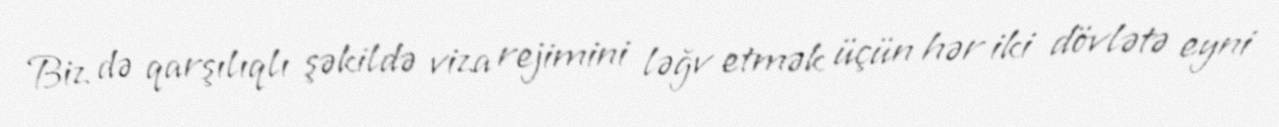
Biz də qarşılıqlı şəkildə viza rejimini ləğv etmək üçün hər iki dövlətə eyni